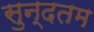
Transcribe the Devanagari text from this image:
सुन्दतम